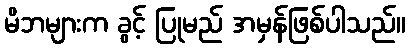
မိဘများက ခွင့် ပြုမည် အမှန်ဖြစ်ပါသည်။